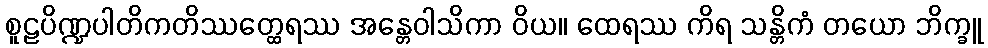
စူဠပိဏ္ဍပါတိကတိဿတ္ထေရဿ အန္တေဝါသိကာ ဝိယ။ ထေရဿ ကိရ သန္တိကံ တယော ဘိက္ခူ